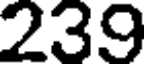
239